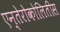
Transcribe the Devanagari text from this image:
एन्तेरोकोलितीस